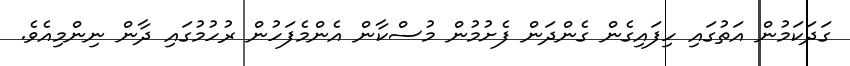
ގަދަކަމުން އަތުގައި ހިފައިގެން ގެންދަން ފެށުމުން މުސްކާން އެންމެފަހުން ރުހުމުގައި ދާން ނިންމިއެވެ.